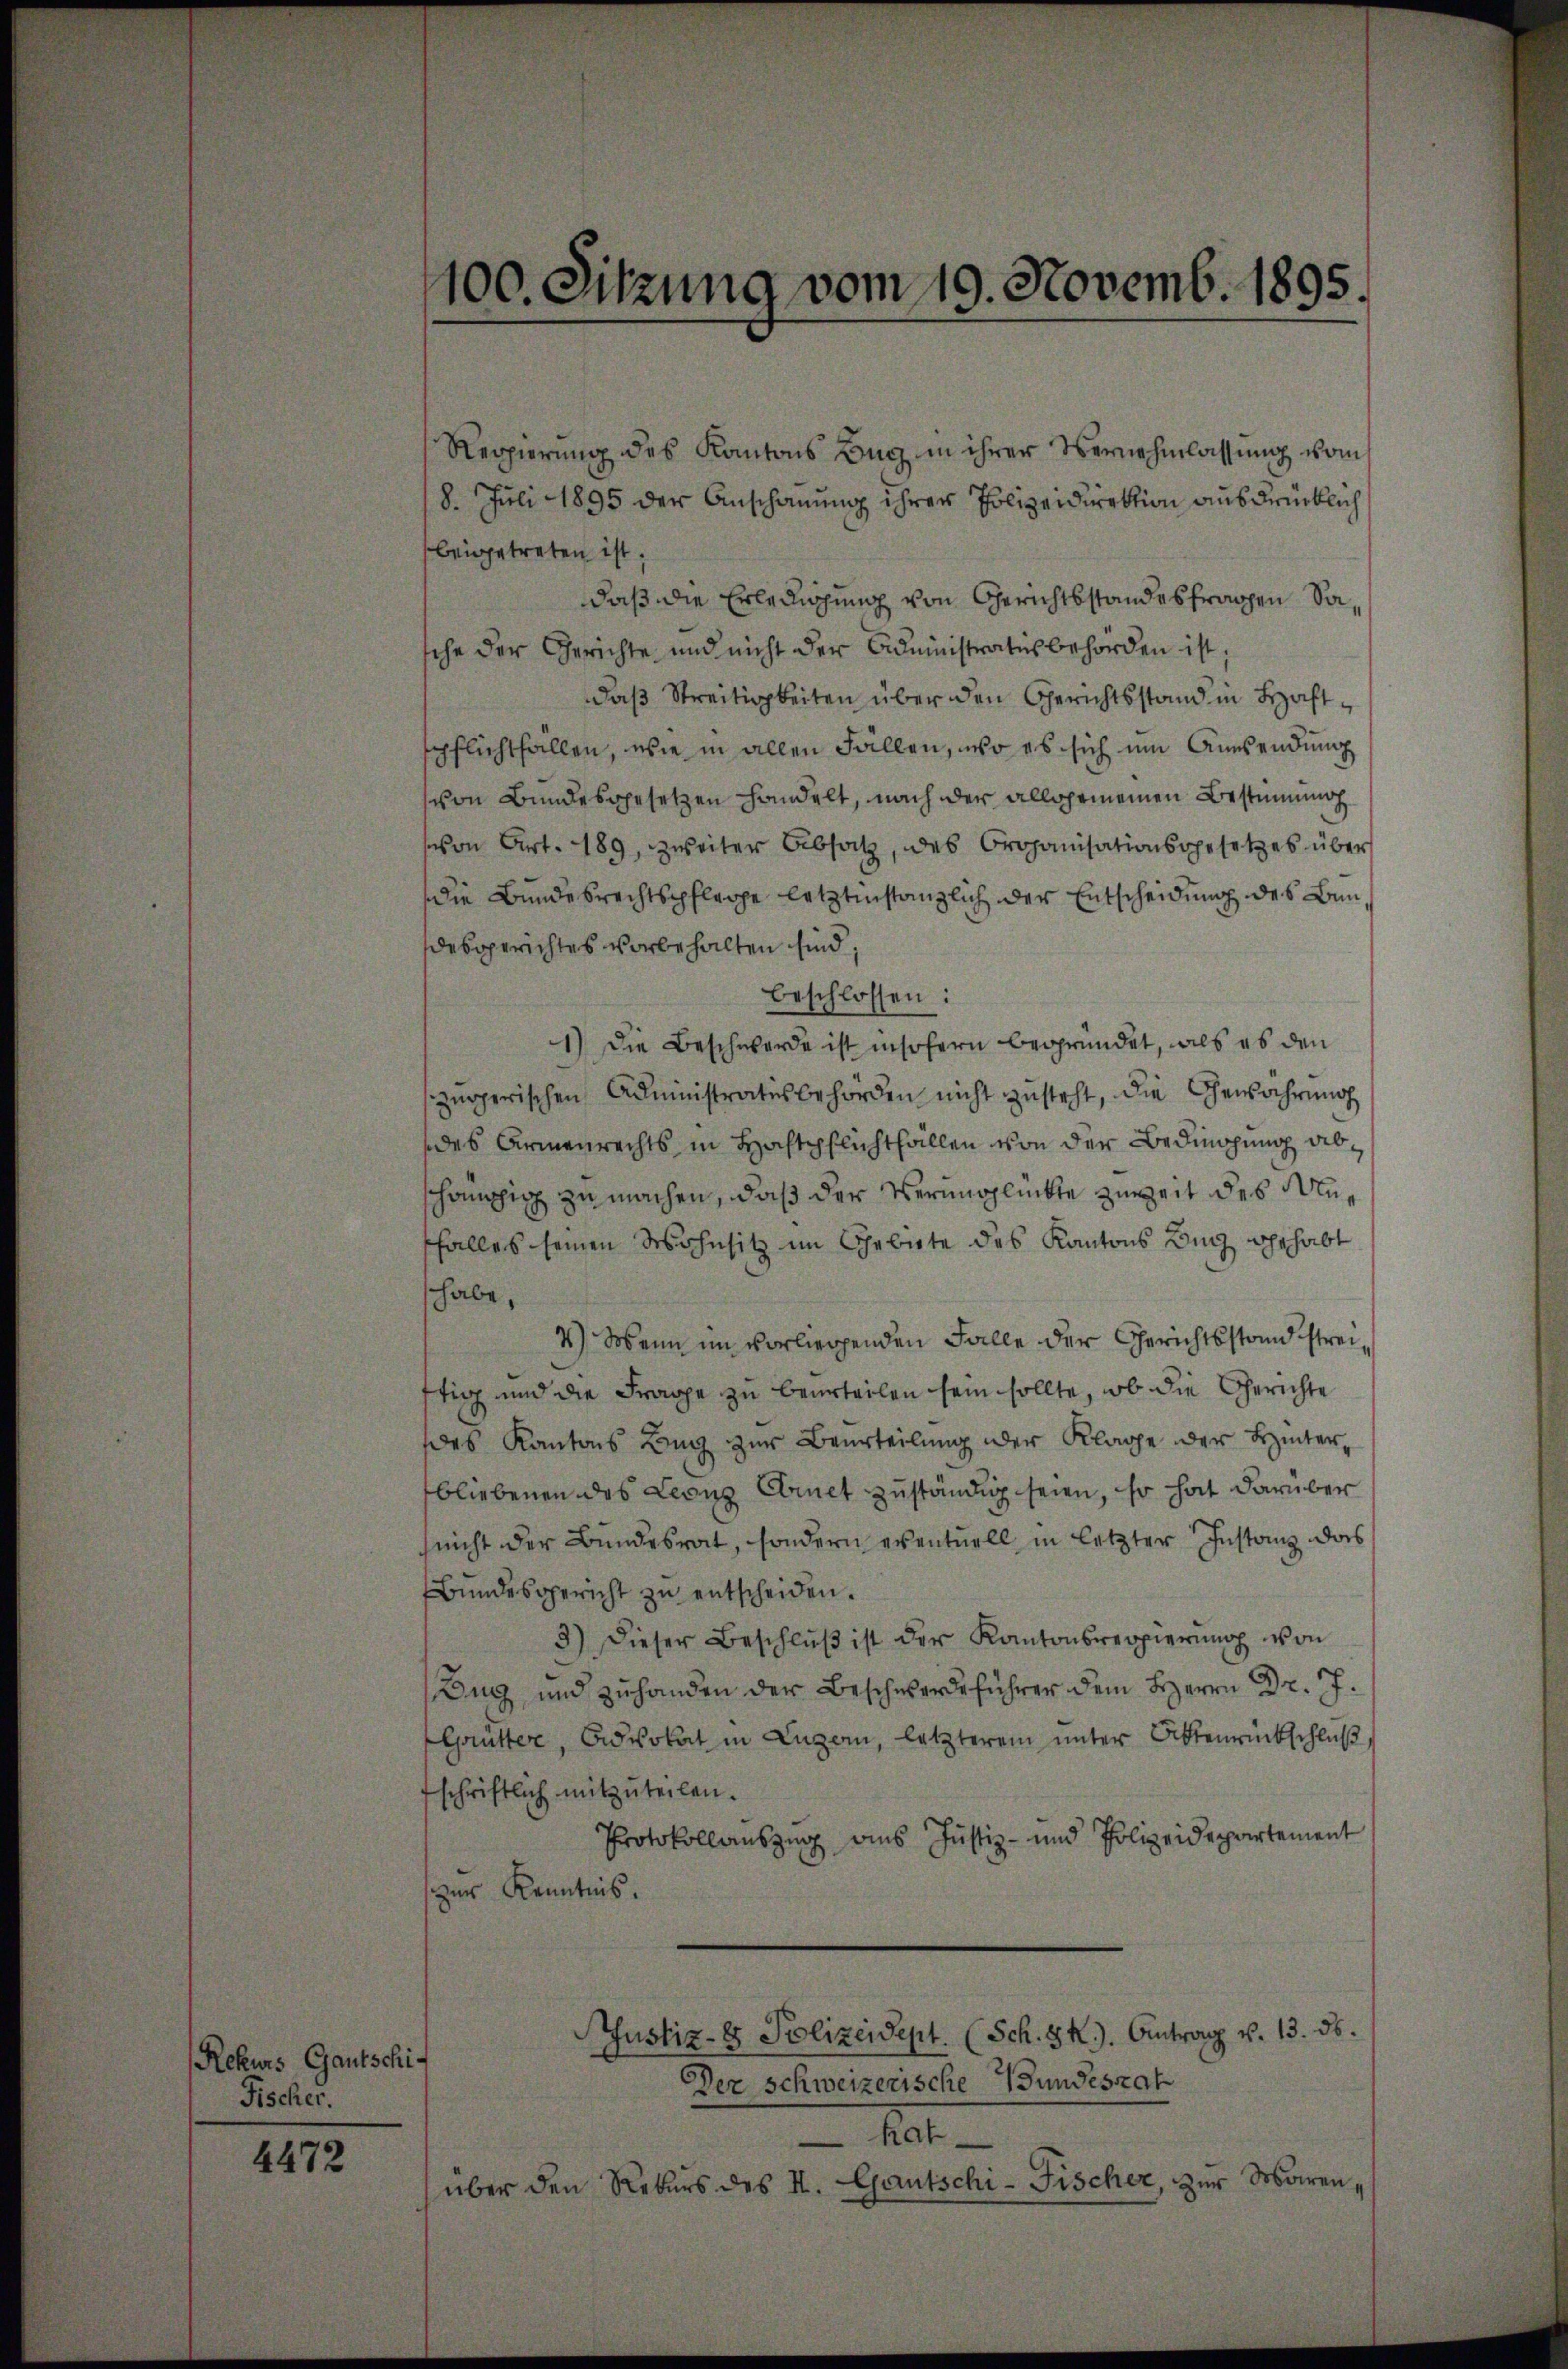
Rekurs Gautschi-
Fischer.

4472

100. Sitzung vom 19. Novemb. 1895.

Regierŭng des Kantons Burg in ihrer Vernehmlassŭng vom
18. Juli 1895 der Anschauung ihrer Polizeidirektion ausdrücklich
beigetreten ist;
daß die Erledigung von Gerichtsstandesfragen Sasche der Gerichte und nicht der Administratus behörden ist;
daß Streitigkeiten über den Gerichtsstand in Haftspflichtfallen, wie in allen Fällen, wo es sich um Anwendung
von Bundesgesetzen handelt, nach der allgemeinen Bestimmung
von Art. 189, zweiter Absatz, des Organisationsgesetzes über
die Bundesrechtspflege letztinstanzlich der Entscheidung des Bundesgerichtes vorbehalten sind,
beschlossen:
1) Die Beschwerde ist insofern begründet, als es den
szurgerischen Administrates behörden nicht zusteht, die Gewährung
des Armenrechts in Hochtpflichthallen von der Bedingung abschöngig zu machen, daß der Verunglückte zuweit des Anffalles seinen Wohnsitz im Gebiete des Kantons Zug gehabt
habe,
4.) Wenn im vorliegenden Falle der Gerichtsstand streitig und die Frage zu beurteilen sein sollte, ob die Gerichte
es Kantons Beg zur Beurteilung oder Klage der Hinterbliebenen des Leonz Erinet zuständig seien, so hat darüber
(nicht der Bundesrat, sondern eventuell in letzter Instanz das
Bŭndesgericht zŭ entscheiden.
3) dieser Beschlŭβ ist der Kantonsregierŭng von
Bug, und zuhanden der Beschwerdeführer dem Herrn Dr. J.
Grütter, Advokat in Luzern, letzterem unter Bittenrückschluß
schriftlich mitzŭteilen.
Protokollauszug aus Justiz- und Polizeidepartement
zur Kenntnis.
Justiz- & Polizeidept. (Sch. GR.). Antrag v. 13. ds.
Der schweizerische Wundesrat
hat
über den Rekurs des I. Gautschi- Fischer, zur Waren,